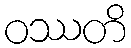
ဝဿတိ